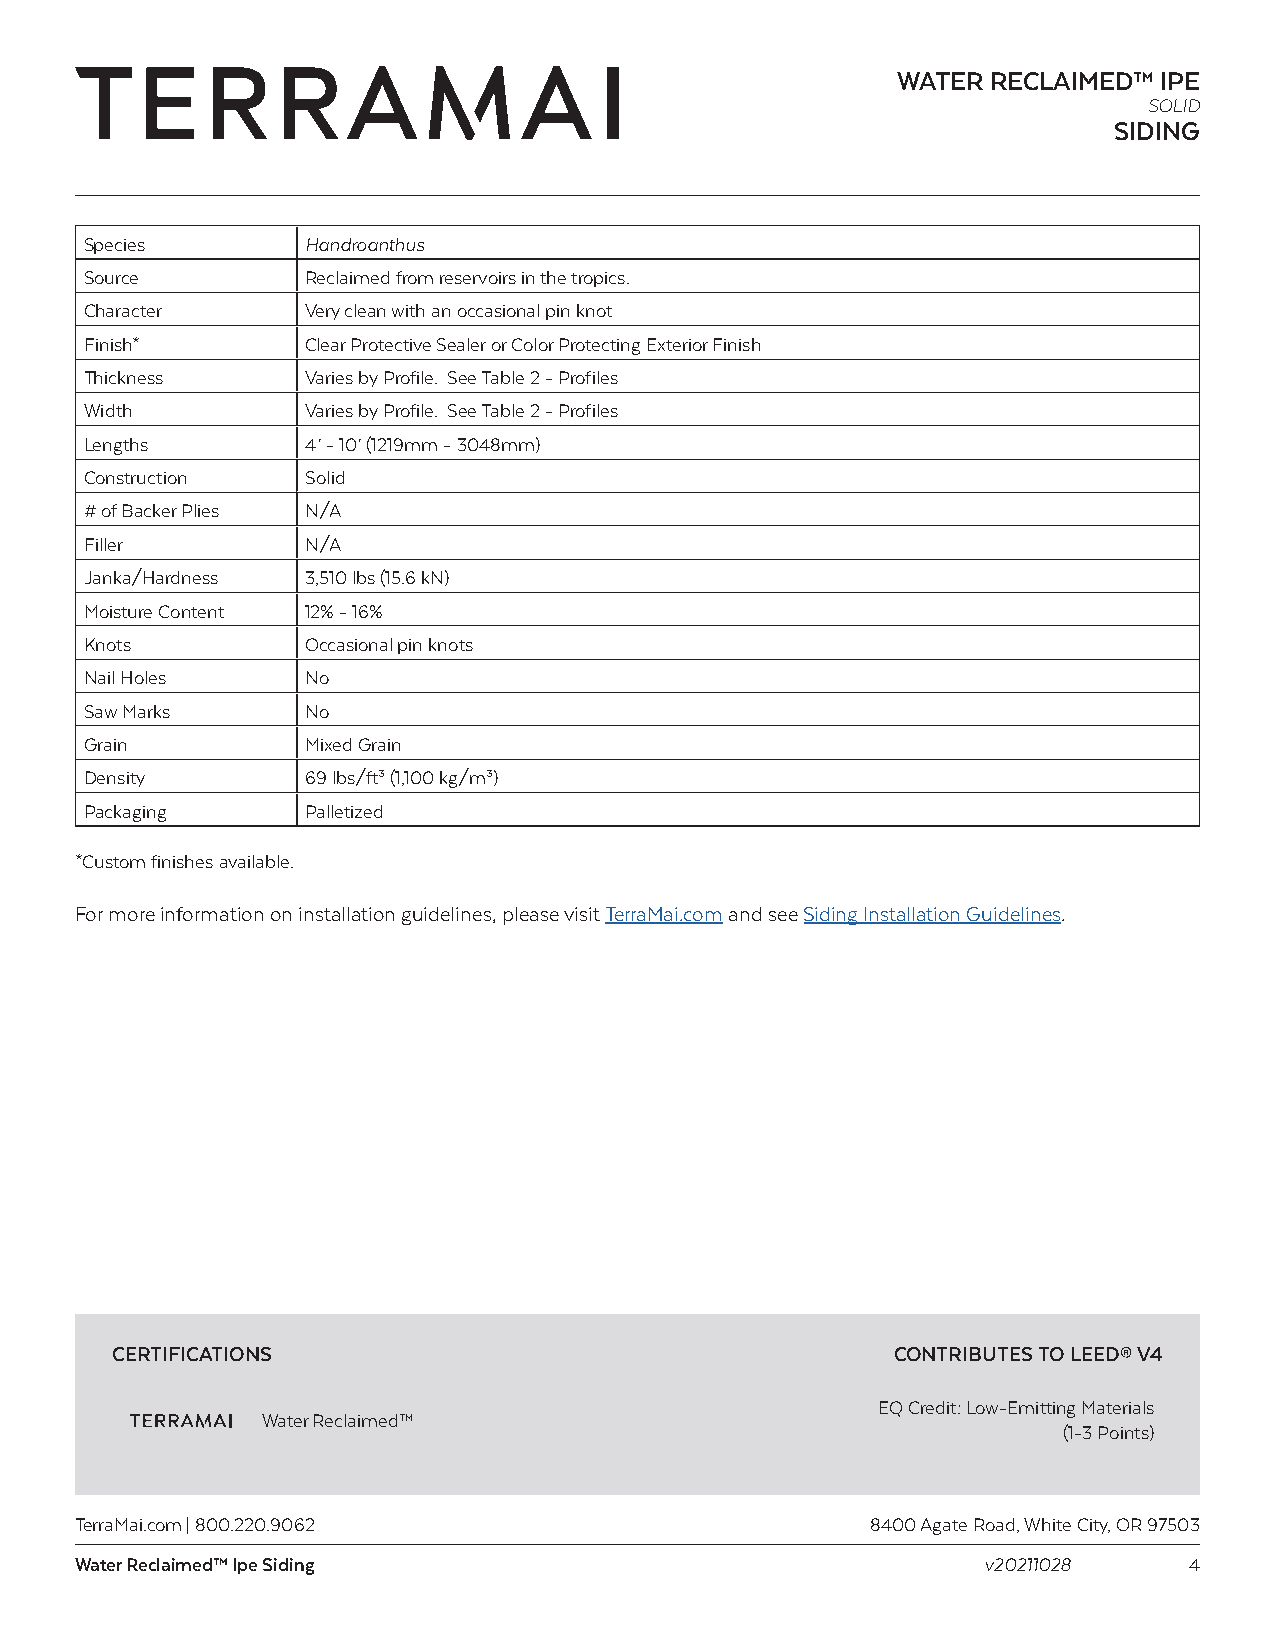
WATER  RECLAIMED™ IPE
 SOLID
 SIDING
 Species       Handroanthus
 Source        Reclaimed from reservoirs in the tropics.
 Character     Very clean with an occasional pin knot
 Finish*       Clear Protective Sealer or Color Protecting Exterior Finish
 Thickness     Varies by Profile. See Table 2 - Profiles
 Width         Varies by Profile. See Table 2 - Profiles
 Lengths       4’ - 10’ (1219mm - 3048mm)
 Construction  Solid
 # of Backer Plies N/A
 Filler        N/A
 Janka/Hardness 3,510 lbs (15.6 kN)
 Moisture Content 12% - 16%
 Knots         Occasional pin knots
 Nail Holes    No
 Saw Marks     No
 Grain         Mixed Grain
 Density       69 lbs/ft³ (1,100 kg/m³)
 Packaging     Palletized
 *Custom finishes available.
 For more information on installation guidelines, please visit TerraMai.com and see Siding Installation Guidelines.
 CERTIFICATIONS                                      CONTRIBUTES TO LEED® V4
 EQ Credit: Low-Emitting Materials
 Water Reclaimed™
 (1-3 Points)
 TerraMai.com | 800.220.9062                          8400 Agate Road, White City, OR 97503
 Water Reclaimed™ Ipe Siding                                 v20211028     4